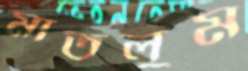
মাতলুম